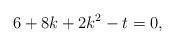
LaTeX: \begin{align*}&6 + 8 k + 2 k^2 - t=0,\end{align*}